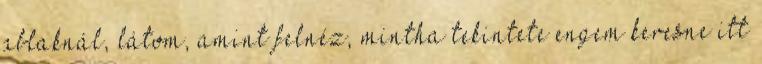
ablaknál, látom, amint felnéz, mintha tekintete engem keresne itt